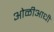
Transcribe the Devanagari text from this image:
ओळीआधी